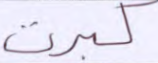
كبرت